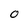
Character: O